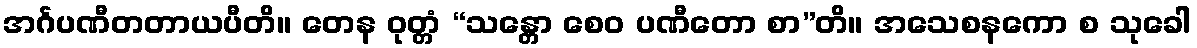
အင်္ဂပဏီတတာယပီတိ။ တေန ဝုတ္တံ “သန္တော စေဝ ပဏီတော စာ”တိ။ အသေစနကော စ သုခေါ